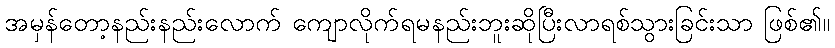
အမှန်တော့နည်းနည်းလောက် ကျောလိုက်ရမနည်းဘူးဆိုပြီးလာရစ်သွားခြင်းသာ ဖြစ်၏။